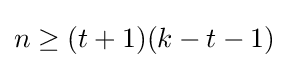
n\geq (t+1)(k-t-1)